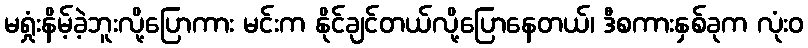
မရှုံးနိမ့်ခဲ့ဘူးလို့ပြောကား မင်းက နိုင်ချင်တယ်လို့ပြောနေတယ်၊ ဒီစကားနှစ်ခုက လုံးဝ